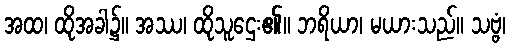
အထ၊ ထိုအခါ၌။ အဿ၊ ထိုသူဌေး၏။ ဘရိယာ၊ မယားသည်။ သဗ္ဗံ၊